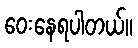
ဝေးနေရပါတယ်။